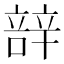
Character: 𮝼